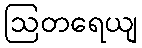
ဩတရေယျ